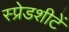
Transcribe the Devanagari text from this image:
स्प्रेडशीटें